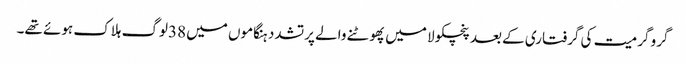
گرو گرمیت کی گرفتاری کے بعد پنچکولا میں پھوٹنے والے پرتشدد ہنگاموں میں 38لوگ ہلاک ہوئے تھے۔